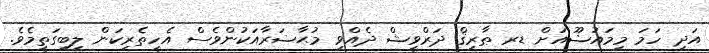
އަދި ހަމަ މިމައުޟޫއަށް ޑރ ޠާރިޤް ދަރްވީޝް ދެއްވި މުޙާޟަރާއަކުންވެސް އެހީތެރިކަން ލިބިގަތީމެވެ.